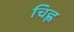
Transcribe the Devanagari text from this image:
चिह्ण